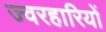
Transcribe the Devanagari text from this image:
ज्वरहारियों